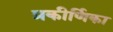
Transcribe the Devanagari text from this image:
प्रकीर्णिका